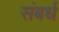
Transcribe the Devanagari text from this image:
संबर्ध